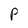
Character: P